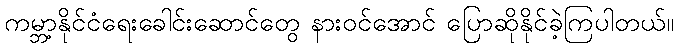
ကမ္ဘာ့နိုင်ငံရေးခေါင်းဆောင်တွေ နားဝင်အောင် ပြောဆိုနိုင်ခဲ့ကြပါတယ်။